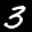
Label: 3